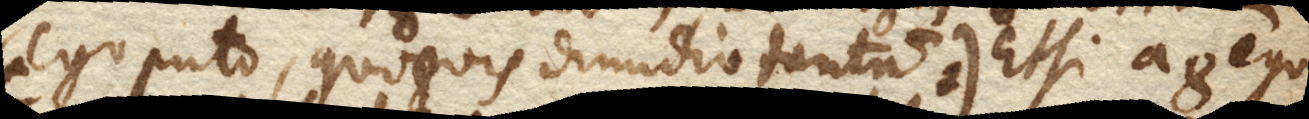
(+ Ego puto, quo8vis dimidio tantum +). Etsi autem 8 equi